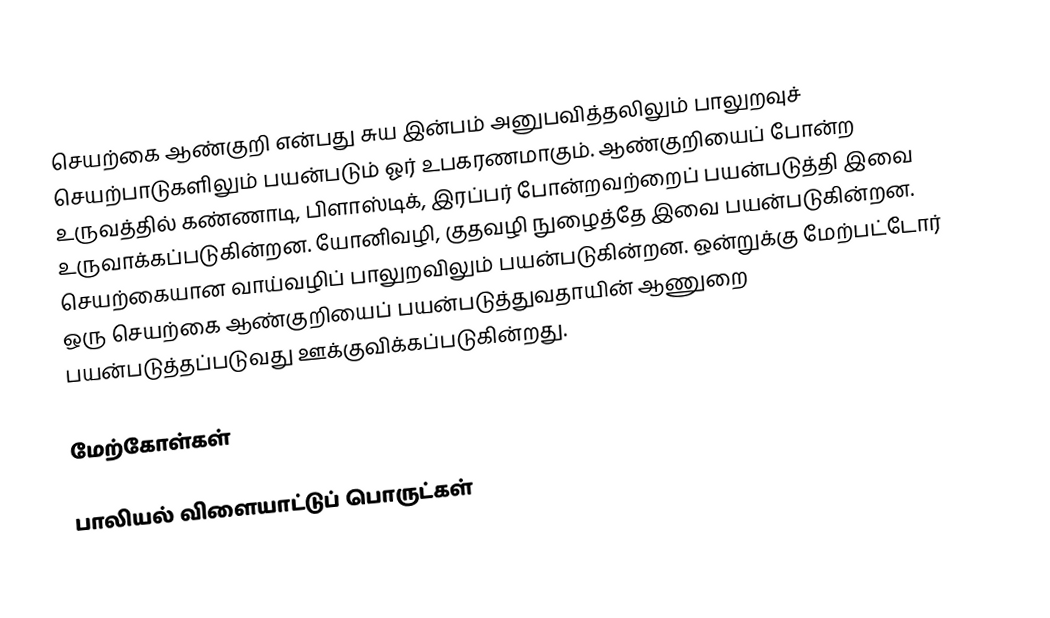
செயற்கை ஆண்குறி என்பது சுய இன்பம் அனுபவித்தலிலும் பாலுறவுச் செயற்பாடுகளிலும் பயன்படும் ஓர் உபகரணமாகும். ஆண்குறியைப் போன்ற உருவத்தில் கண்ணாடி, பிளாஸ்டிக், இரப்பர் போன்றவற்றைப் பயன்படுத்தி இவை உருவாக்கப்படுகின்றன. யோனிவழி, குதவழி நுழைத்தே இவை பயன்படுகின்றன. செயற்கையான வாய்வழிப் பாலுறவிலும் பயன்படுகின்றன. ஒன்றுக்கு மேற்பட்டோர் ஒரு செயற்கை ஆண்குறியைப் பயன்படுத்துவதாயின் ஆணுறை பயன்படுத்தப்படுவது ஊக்குவிக்கப்படுகின்றது.

மேற்கோள்கள்

பாலியல் விளையாட்டுப் பொருட்கள்